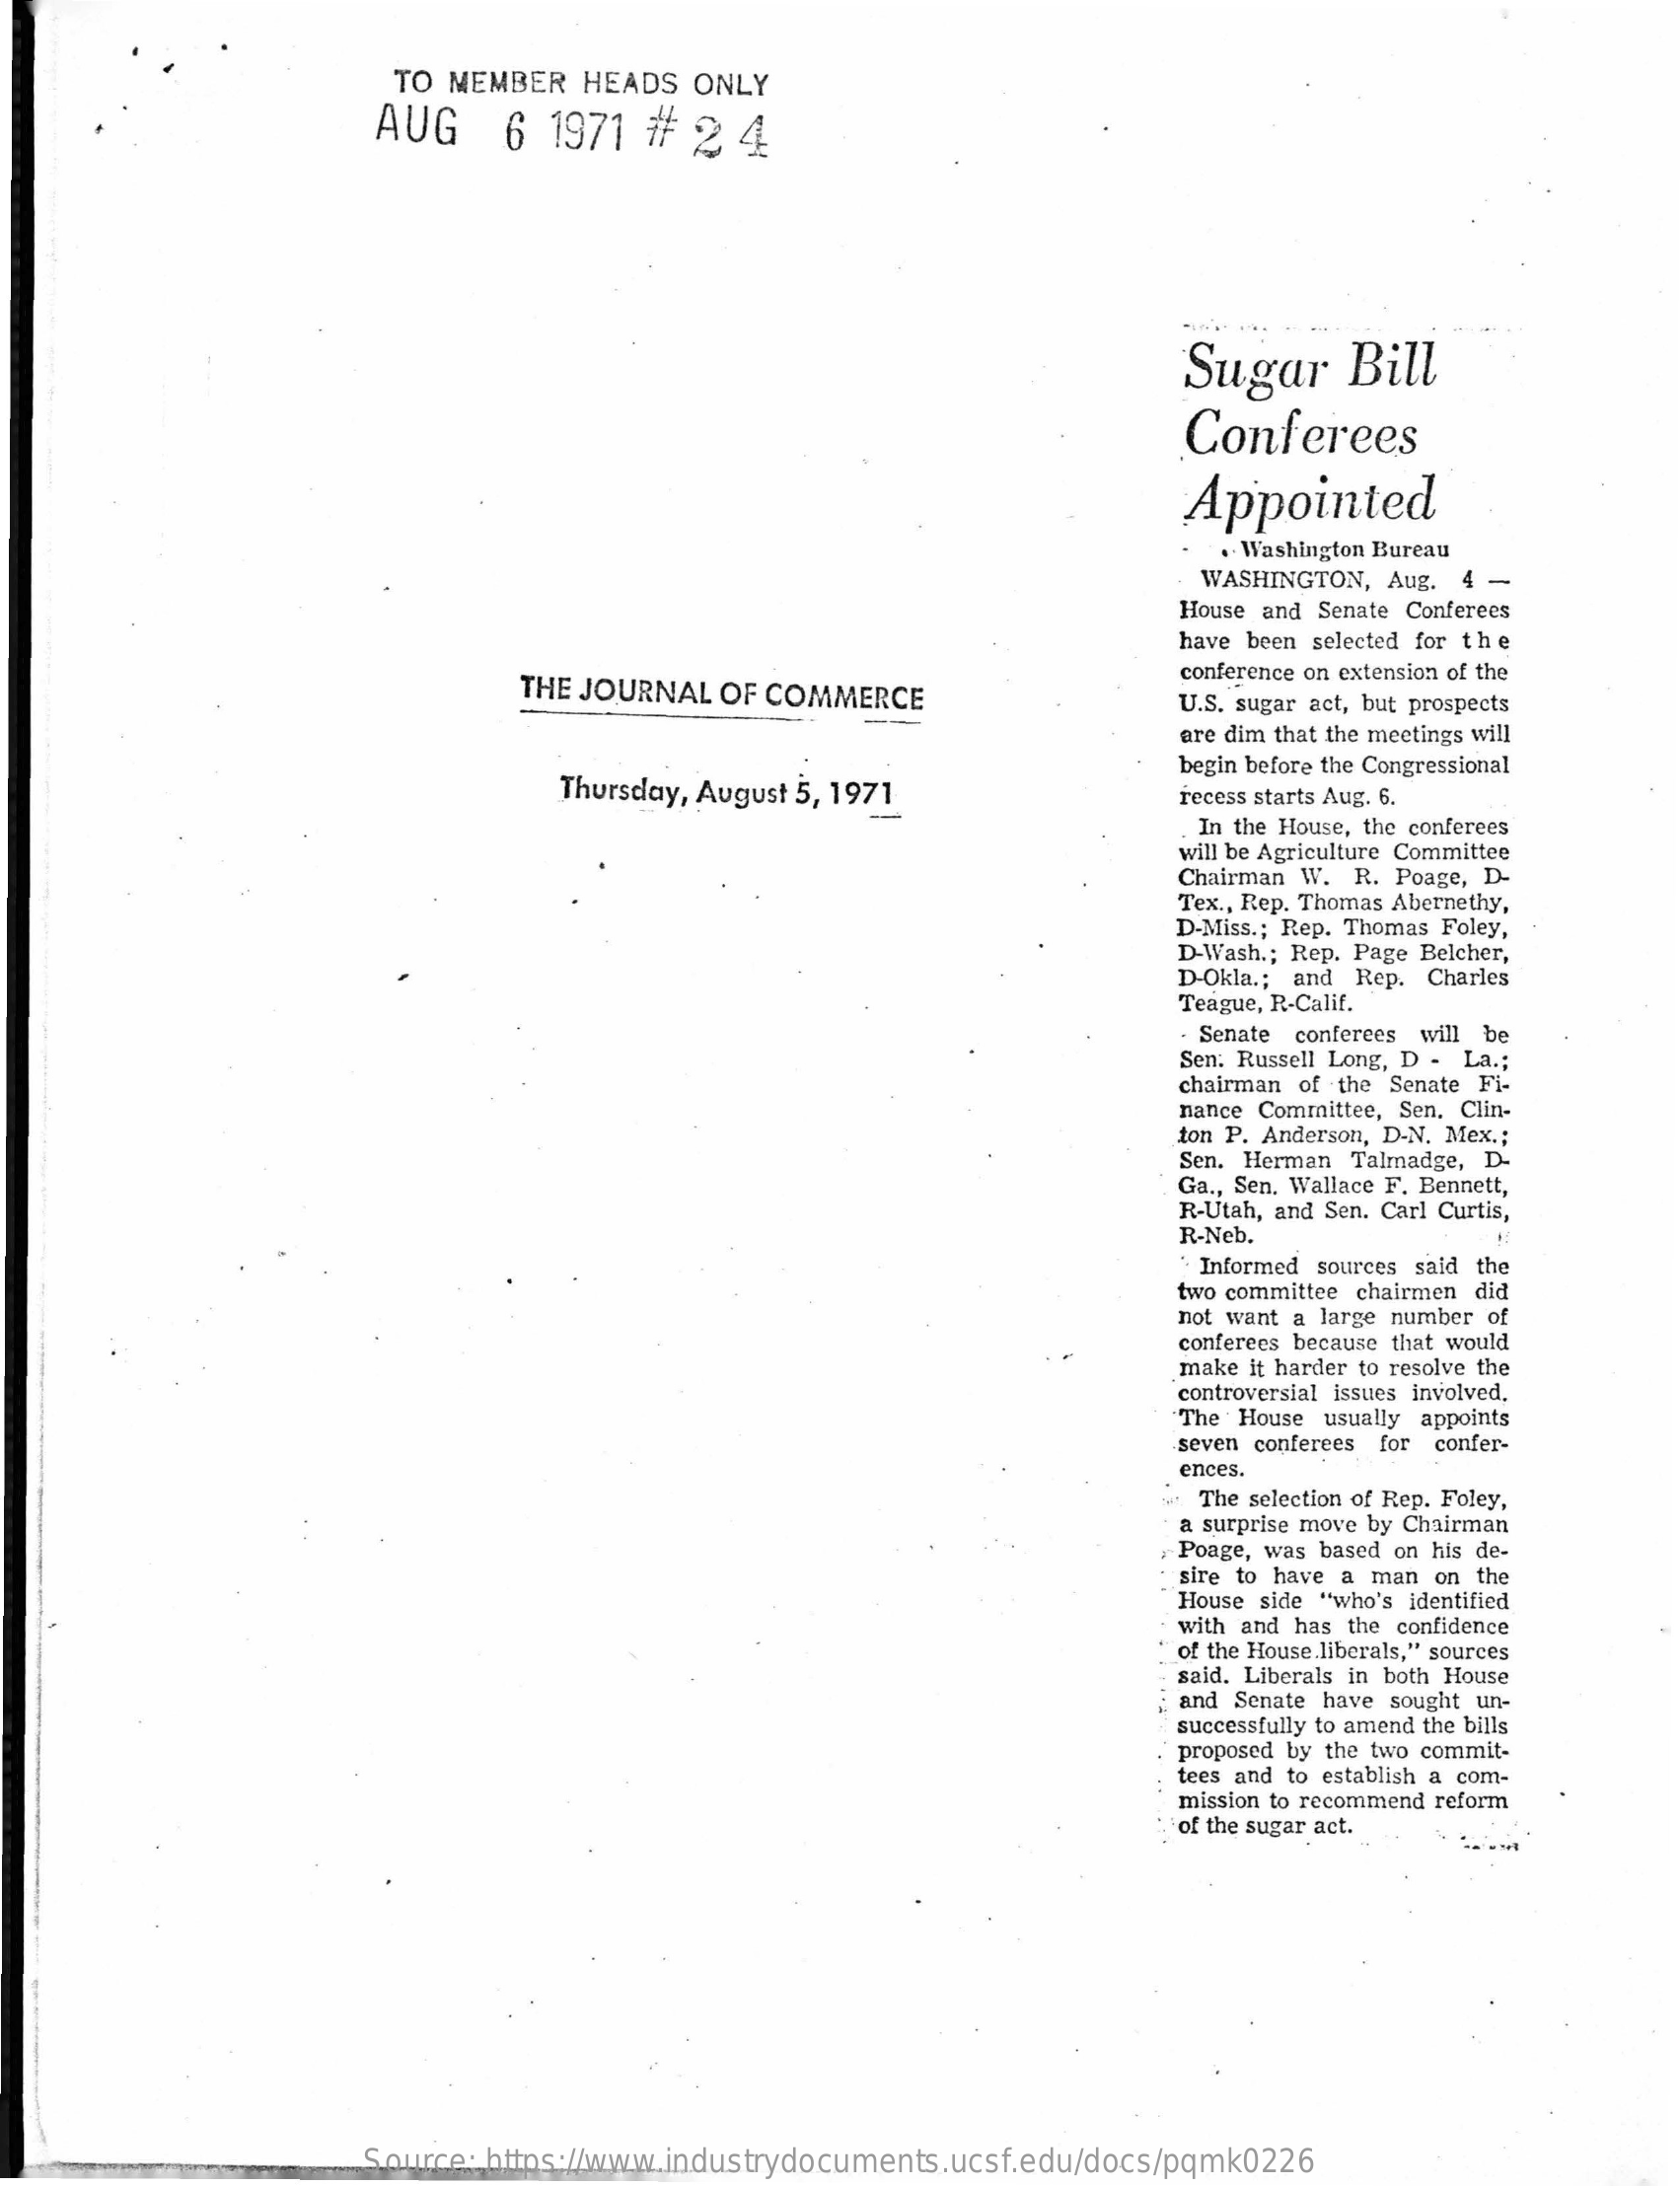
TO MEMBER  HEADS  ONLY
     AUG    6  1971  #  2  4
     Sugar    Bill
     Conferees
     Appointed
     .- Washington Bureau
     WASHINGTON, Aug. 4 .
     House and Senate Conferees
     have been selected for the
     THE JOURNAL OF COMMERCE
     conference on extension of the
     U.S. sugar act, but prospects
     are dim that the meetings will
     Thursday, August 5, 1971
     begin before the Congressional
     -
     recess starts Aug. 6.
     In the House, the conferees
     will be Agriculture Committee
     Chairman W. R. Poage, D-
     Tex ., Rep. Thomas Abernethy,
     D-Miss .; Rep. Thomas Foley,
     D-Wash .; Rep. Page Belcher,
     D-Okla .; and Rep. Charles
     Teague, R-Calif.
     Senate conferees will be
     Sen. Russell Long, D - La .;
     chairman of the Senate Fi-
     nance Committee, Sen. Clin-
     ton P. Anderson, D-N. Mex .;
     Sen. Herman Talmadge, D-
     Ga ., Sen. Wallace F. Bennett,
     R-Utah, and Sen. Carl Curtis,
     R-Neb.
     Informed sources said the
     two committee chairmen did
     not want a large number of
     conferees because that would
     make it harder to resolve the
     controversial Issues involved.
     The House usually appoints
     seven conferees for confer-
     ences.
     The selection of Rep. Foley,
     a surprise move by Chairman
     Poage, was based on his de-
     sire to have a man on the
     House side "who's identified
     with and has the confidence
     of the House .liberals," sources
     said. Liberals in both House
     and Senate have sought un-
     successfully to amend the bills
     proposed by the two commit-
     tees and to establish a com-
     mission to recommend reform
     of the sugar act.
     Source: https://www.industrydocuments.ucsf.edu/docs/pqmk0226